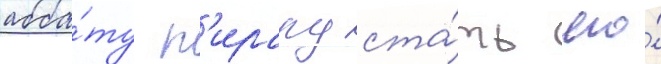
абба́ту п'ирару ста́ть его́